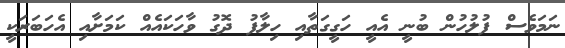
ނަމަވެސް ފުލުހުން ބުނީ އެއީ ހަގީގަތާއި ހިލާފު ދޮގު ވާހަކައެއް ކަމަށާއި އެހަބަރަކީ